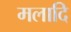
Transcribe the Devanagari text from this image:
मलादि